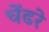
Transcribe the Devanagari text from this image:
चेंढरे